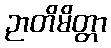
ဉာတိမိတ္တာ